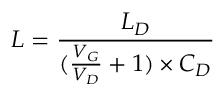
L = \frac { L _ { D } } { ( \frac { V _ { G } } { V _ { D } } + 1 ) \times C _ { D } }